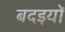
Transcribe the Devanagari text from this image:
बदइयों